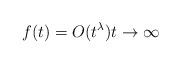
LaTeX: \begin{align*}f(t) = O(t^\lambda)t\to\infty\end{align*}